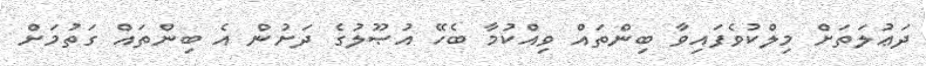
ދަޢުލަތަށް މިލްކުވެފައިވާ ބިންތައް ވިއްކުމާ ބެހޭ އުޞޫލުގެ ދަށުން އެ ބިންތައް ގަތުމަށް